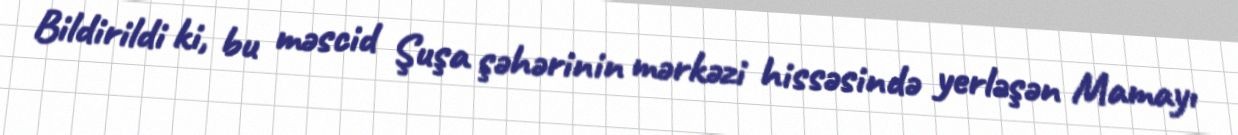
Bildirildi ki, bu məscid Şuşa şəhərinin mərkəzi hissəsində yerləşən Mamayı